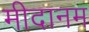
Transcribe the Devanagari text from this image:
मीदानम